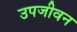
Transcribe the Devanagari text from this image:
उपजीवन